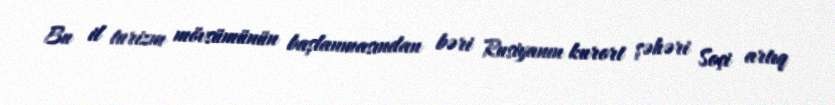
Bu il turizm mövsümünün başlanmasından bəri Rusiyanın kurort şəhəri Soçi artıq